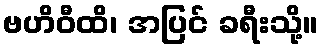
ဗဟိဝီထိ၊ အပြင် ခရီးသို့။